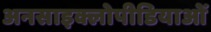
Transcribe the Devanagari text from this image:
अनसाइक्लोपीडियाओं